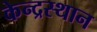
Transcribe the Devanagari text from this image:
केन्द्रस्थान